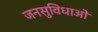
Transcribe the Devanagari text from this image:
जनसुविधाओं